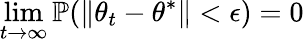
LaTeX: \operatorname*{lim}_{t\to\infty}\mathbb{P}(\| \theta_{t}-\theta^{*}\| <\epsilon)=0